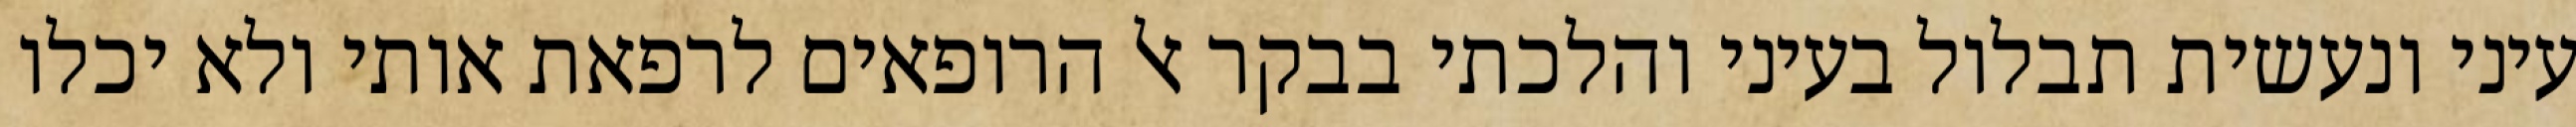
עיני ונעשית תבלול בעיני והלכתי בבקר אל הרופאים לרפאת אותי ולא יכלו